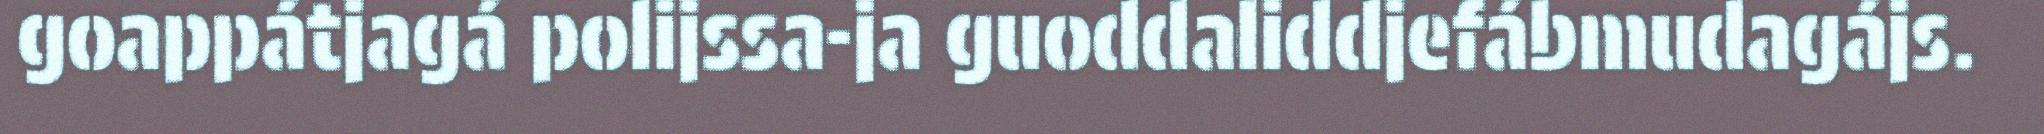
goappátjagá polijssa-ja guoddaliddjefábmudagájs.